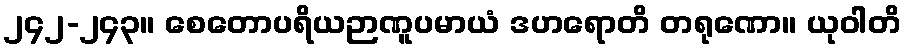
၂၄၂-၂၄၃။ စေတောပရိယဉာဏူပမာယံ ဒဟရောတိ တရုဏော။ ယုဝါတိ